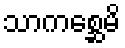
သာကစ္ဆေမိ